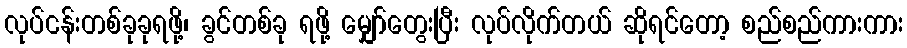
လုပ်ငန်းတစ်ခုခုရဖို့၊ ခွင်တစ်ခု ရဖို့ မျှော်တွေးပြီး လုပ်လိုက်တယ် ဆိုရင်တော့ စည်စည်ကားကား